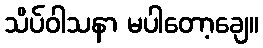
သိပ်ဝါသနာ မပါတော့ချေ။